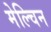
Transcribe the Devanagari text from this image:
मेल्चिन